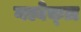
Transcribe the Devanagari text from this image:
गल्वेक्ज़